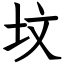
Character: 坟